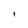
Character: l